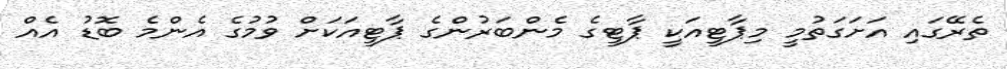
ތެރޭގައި އަށަގަތުމީ މިޕާޓީއަކީ ޕާޓީގެ މެންބަރުންގެ ޕާޓީއަކަށް ވުމުގެ އެންމެ ބޮޑު އެއް